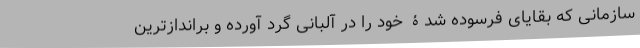
سازمانی که بقایای فرسوده شدۀ خود را در آلبانی گرد آورده و براندازترین